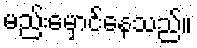
မည်းမှောင်နေသည်။